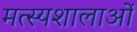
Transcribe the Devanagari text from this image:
मत्स्यशालाओं